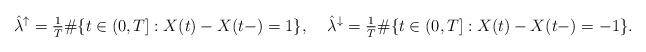
LaTeX: \begin{align*} \hat{\lambda}^\uparrow =\tfrac{1}{T} \#\{t\in(0,T]: X(t)-X(t-)=1\},\;\;\;\;\hat{\lambda}^\downarrow =\tfrac{1}{T} \#\{t\in(0,T]: X(t)-X(t-)=-1\}.\end{align*}